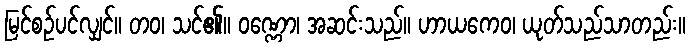
မြင်စဉ်ပင်လျှင်။ တဝ၊ သင်၏။ ဝဏ္ဏော၊ အဆင်းသည်။ ဟာယကေဝ၊ ယုတ်သည်သာတည်း။